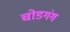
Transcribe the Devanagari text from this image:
चोडगंग